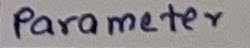
Text: Parameter